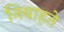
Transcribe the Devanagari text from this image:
निबाहते